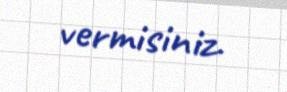
vermisiniz.